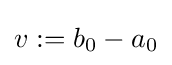
v:=b_{0}-a_{0}